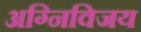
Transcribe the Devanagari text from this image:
अग्निविजय